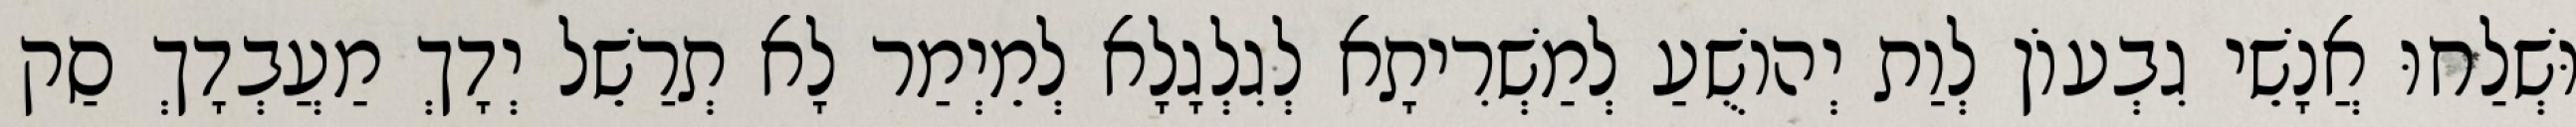
וּשְׁלַחוּ אֲנָשֵׁי גִבְעוֹן לְוַת יְהוֹשֻׁעַ לְמַשְׁרִיתָא לְגִלְגָלָא לְמֵיְמַר לָא תְרַשֵׁל יְדָךְ מַעֲבְדָךְ סַק